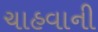
ચાહવાની